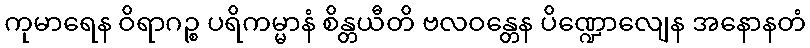
ကုမာရေန ဝိရာဂဉ္စ ပရိကမ္မာနံ စိန္တယီတိ ဗလဝန္တေန ပိဏ္ဍောလျေန အနောနတံ